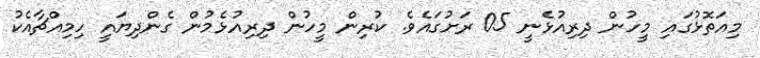
މިއަތޮޅުގައި މީހުން ދިރިއުޅެނީ 05 ރަށުގައެވެ. ކުރިން މީހުން ދިރިއުޅެމުން ގެންދިޔައީ ހިމިއްޗާއެކު